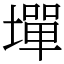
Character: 墠